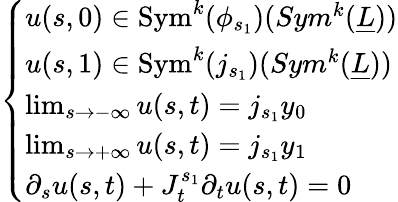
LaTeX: \left\{ \begin{array}{ll}{u(s,0)\in\mathrm{Sym}^{k}(\phi_{s_{1}})(Sym^{k}(\underline{{L}}))}\\ {u(s,1)\in\mathrm{Sym}^{k}(j_{s_{1}})(Sym^{k}(\underline{{L}}))}\\ {\operatorname*{lim}_{s\to-\infty}u(s,t)=j_{s_{1}}y_{0}}\\ {\operatorname*{lim}_{s\to+\infty}u(s,t)=j_{s_{1}}y_{1}}\\ {\partial_{s}u(s,t)+J_{t}^{s_{1}}\partial_{t}u(s,t)=0}\end{array}\right.